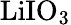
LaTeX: \mathrm{LiIO_{3}}